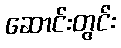
ဆောင်းတွင်း